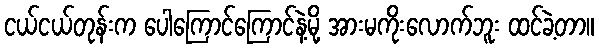
ငယ်ငယ်တုန်းက ပေါကြောင်ကြောင်နဲ့မို့ အားမကိုးလောက်ဘူး ထင်ခဲ့တာ။